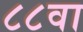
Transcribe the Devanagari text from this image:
८८वा